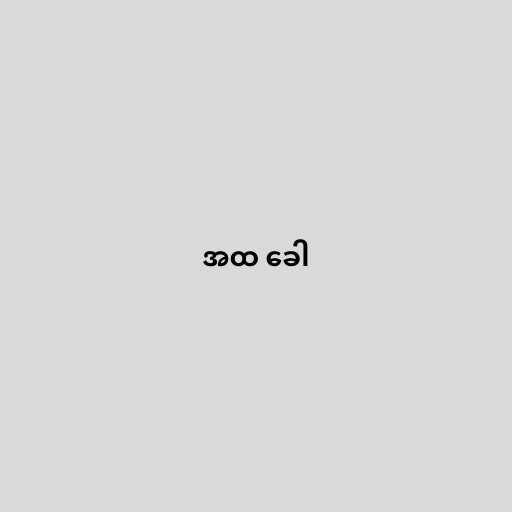
အထ ခေါ